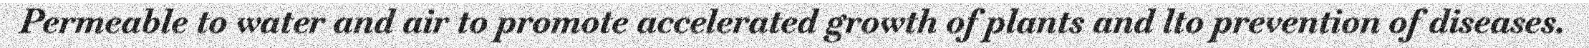
Permeable to water and air to promote accelerated growth of plants and lto prevention of diseases.